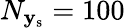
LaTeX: N_{\mathbf{y}_{\mathrm{s}}}=100